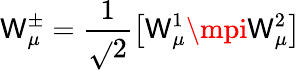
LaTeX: \mathsf{W}_{\mu}^{\pm}=\frac{{1}}{{\sqrt{}{2}}}\left[\mathsf{W}_{\mu}^{1}\mpi\mathsf{W}_{\mu}^{2}\right]